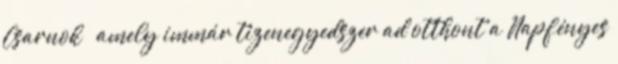
Csarnok  amely immár tizenegyedszer ad otthont a Napfényes